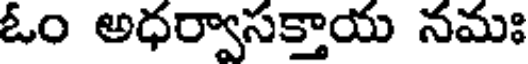
ఓం అధర్వాసక్తాయ నమః